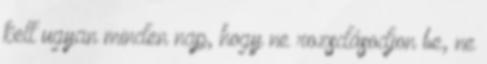
kell ugyan minden nap, hogy ne rozsdásodjon be, ne